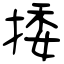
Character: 捼